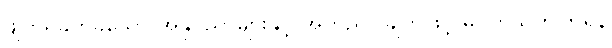
ဖျက်ရခက်ခဲသော အနုပညာများနှင့် အတည်ပြုချက်ဖြင့် မပတ်သက်ကြရန်